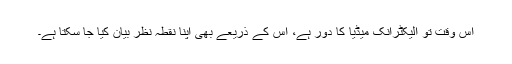
اس وقت تو الیکٹرانک میڈیا کا دور ہے، اس کے ذریعے بھی اپنا نقطہ نظر بیان کیا جا سکتا ہے۔